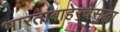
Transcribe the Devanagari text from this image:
भारताबाहेरचेसुद्धा